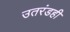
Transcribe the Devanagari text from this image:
उतरंडही